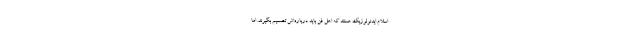
اسلام ایدئولوژیک هستند که اهل فن باید درباره‌اش تصمیم بگیرند. اما